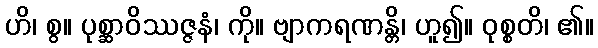
ဟိ၊ စွ။ ပုစ္ဆာဝိဿဇ္ဇနံ၊ ကို။ ဗျာကရဏန္တိ၊ ဟူ၍။ ဝုစ္စတိ၊ ၏။